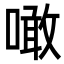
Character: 噉